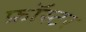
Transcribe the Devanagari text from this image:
फ्रॉस्टर